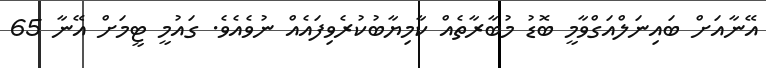
އޭނާއަށް ބައިނަލްއަގްވާމީ ބޮޑު މުބާރާތެއް ކާމިޔާބުކުރެވިފައެއް ނުވެއެވެ. ގައުމީ ޓީމަށް އޭނާ 65